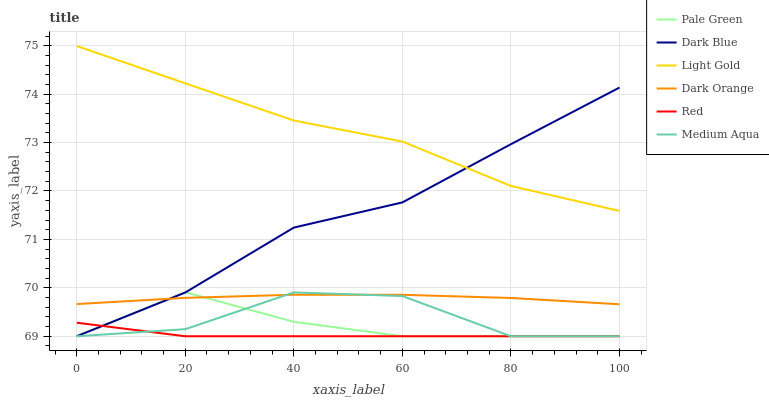
| xaxis_label | Pale Green | Dark Blue | Light Gold | Dark Orange | Red | Medium Aqua |
 | --- | --- | --- | --- | --- | --- | --- |
 | 0 | 69 | 69 | 75 | 69.7 | 69.3 | 69 |
 | 20 | 69.9 | 69.9 | 74.2 | 69.8 | 69 | 69.1 |
 | 40 | 69.3 | 71.2 | 73.5 | 69.9 | 69 | 69.9 |
 | 60 | 69 | 71.8 | 73 | 69.9 | 69 | 69.8 |
 | 80 | 69 | 73 | 72.1 | 69.8 | 69 | 69 |
 | 100 | 69 | 74.1 | 71.6 | 69.7 | 69 | 69 |